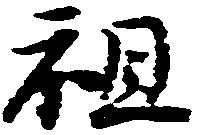
祖